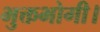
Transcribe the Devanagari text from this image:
भुक्तभोगी।